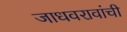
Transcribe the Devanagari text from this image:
जाधवरावांची